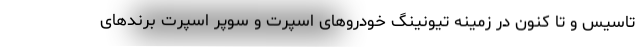
تاسیس و تا کنون در زمینه تیونینگ خودروهای اسپرت و سوپر اسپرت برندهای